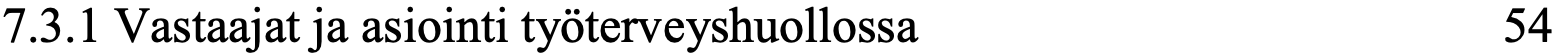
7.3.1 Vastaajat ja asiointi työterveyshuollossa   54